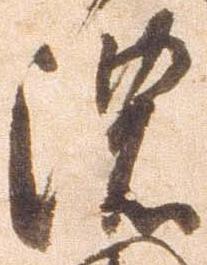
濃